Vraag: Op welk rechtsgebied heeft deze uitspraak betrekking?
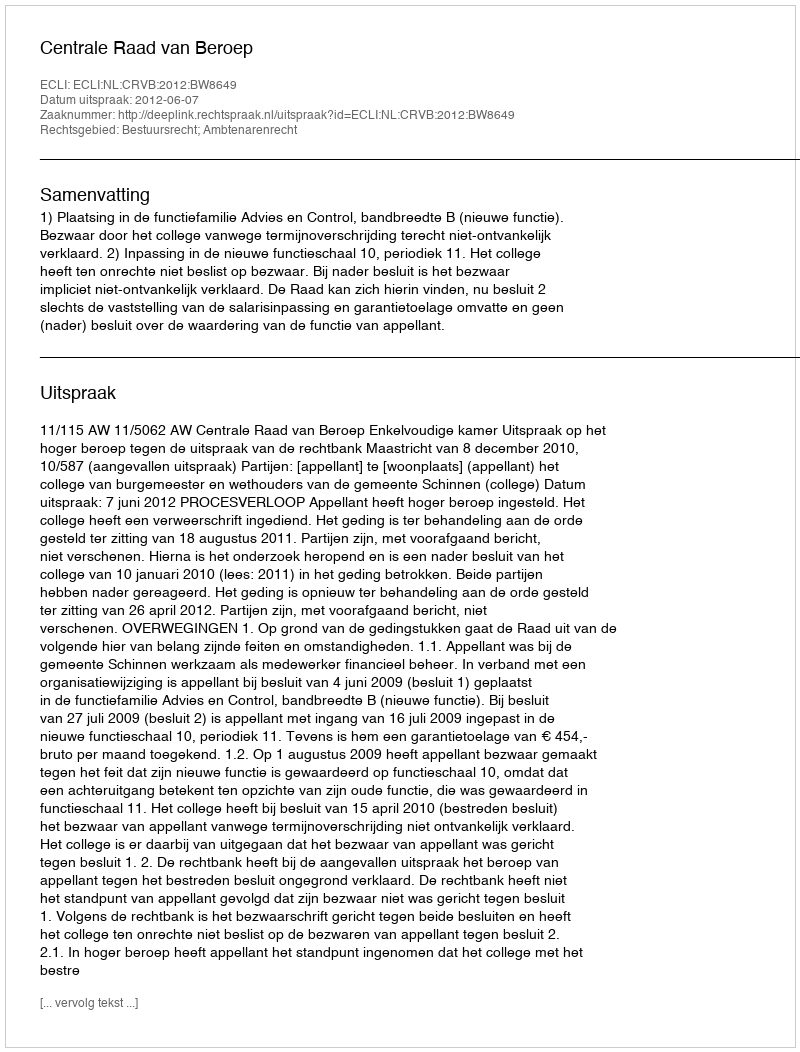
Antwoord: Bestuursrecht; Ambtenarenrecht